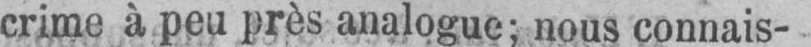
crime à peu près analogue; nous connais-